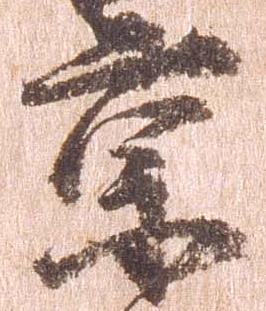
京